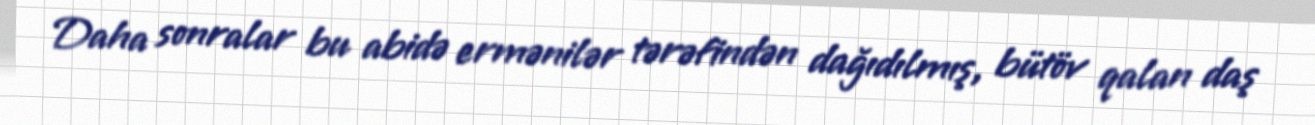
Daha sonralar bu abidə ermənilər tərəfindən dağıdılmış, bütöv qalan daş